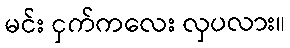
မင်း ငှက်ကလေး လှပလား။